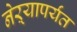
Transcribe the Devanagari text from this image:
नेऱ्यापर्यंत